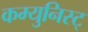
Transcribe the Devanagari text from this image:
कम्युनिस्ट्